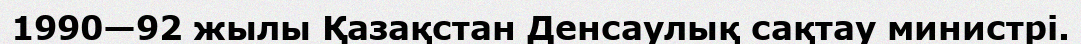
1990—92 жылы Қазақстан Денсаулық сақтау министрі.